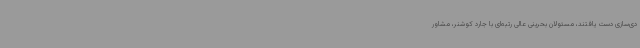
دی‌سازی دست یافتند، مسئولان بحرینی عالی رتبه‌ای با جارد کوشنر، مشاور